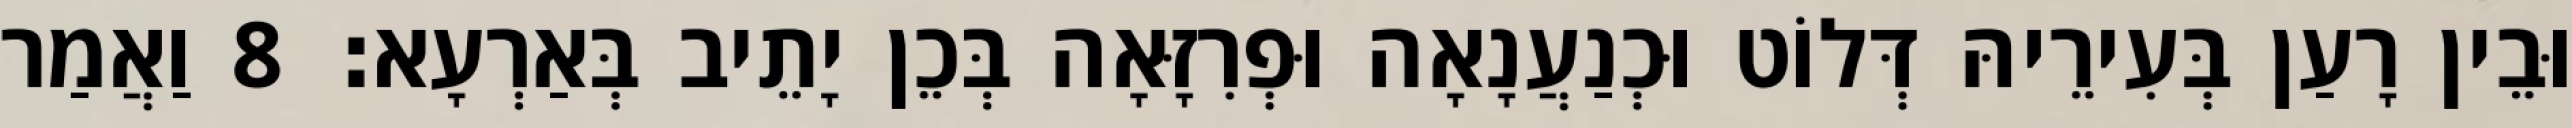
וּבֵין רָעַן בְּעִירֵיהּ דְּלוֹט וּכְנַעֲנָאָה וּפְרִזָּאָה בְּכֵן יָתֵיב בְּאַרְעָא׃ 8 וַאֲמַר